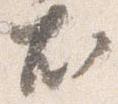
尤